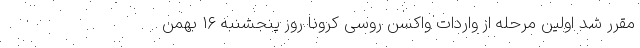
مقرر شد اولین مرحله از واردات واکسن‌‌ روسی کرونا روز پنجشنبه ۱۶ بهمن